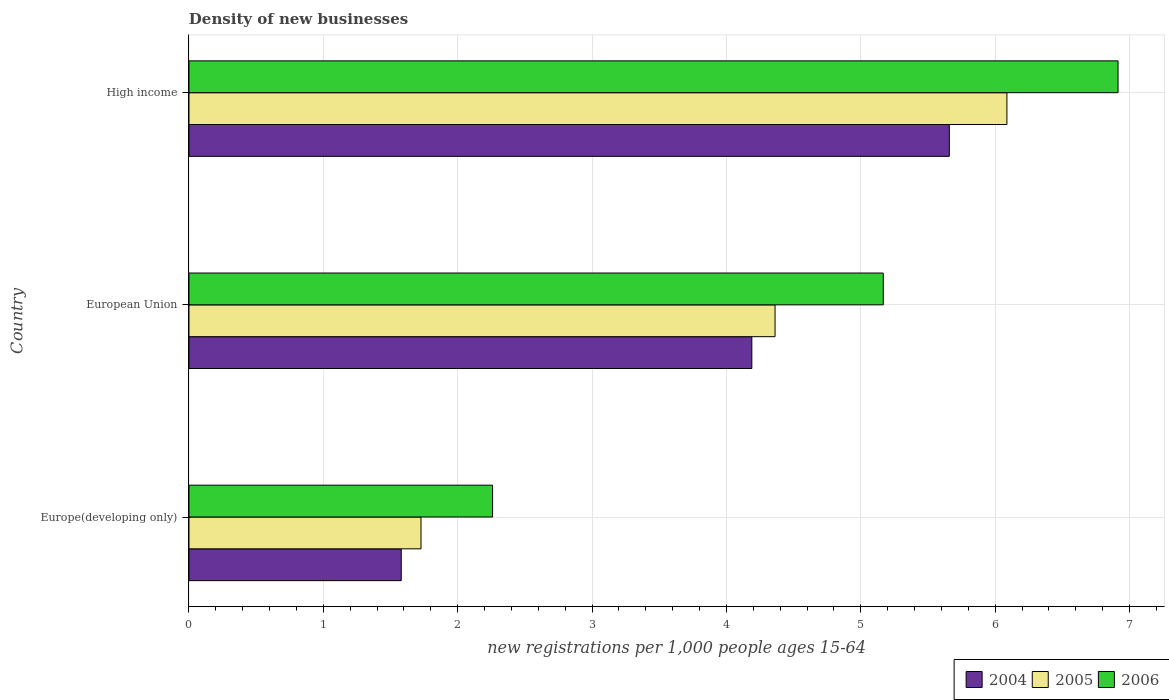
| Country | 2004 | 2005 | 2006 |
 | --- | --- | --- | --- |
 | Europe(developing only) | 1.58 | 1.73 | 2.26 |
 | European Union | 4.19 | 4.36 | 5.17 |
 | High income | 5.66 | 6.09 | 6.91 |